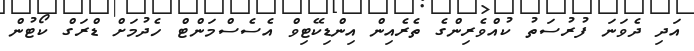
އަދި ދެވަނަ ފުރުސަތު ކުއްވެރިންގެ ތެރެއިން އިންޑިކޭޓިވް އެސެސްމަންޓް ހެދުމަށް ޑްރަގް ކޯޓުން